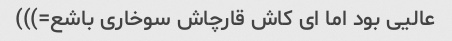
عالیی بود اما ای کاش قارچاش سوخاری باشع=)))